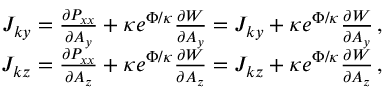
\begin{array} { r } { J _ { k y } = \frac { \partial P _ { x x } } { \partial A _ { y } } + \kappa e ^ { \Phi / \kappa } \frac { \partial W } { \partial A _ { y } } = J _ { k y } + \kappa e ^ { \Phi / \kappa } \frac { \partial W } { \partial A _ { y } } \, , } \\ { J _ { k z } = \frac { \partial P _ { x x } } { \partial A _ { z } } + \kappa e ^ { \Phi / \kappa } \frac { \partial W } { \partial A _ { z } } = J _ { k z } + \kappa e ^ { \Phi / \kappa } \frac { \partial W } { \partial A _ { z } } \, , } \end{array}